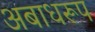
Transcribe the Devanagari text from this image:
अबाधरूप